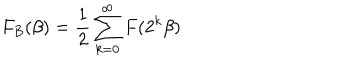
LaTeX: F _ { B } ( \beta ) = \frac { 1 } { 2 } \sum _ { k = 0 } ^ { \infty } F ( 2 ^ { k } \beta )